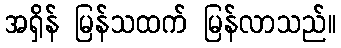
အရှိန် မြန်သထက် မြန်လာသည်။